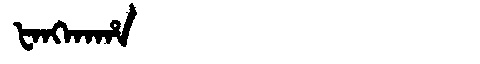
Manchu: ᡶᠠᠩᡴᠠᡥᠠ
Romanization: FANGKAHA